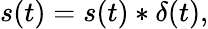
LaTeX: s(t)=s(t)*\delta(t),